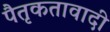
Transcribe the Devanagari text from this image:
पैतृकतावादी